Report on vaccination for the Province of Oudh 1871 -
Year: 1871
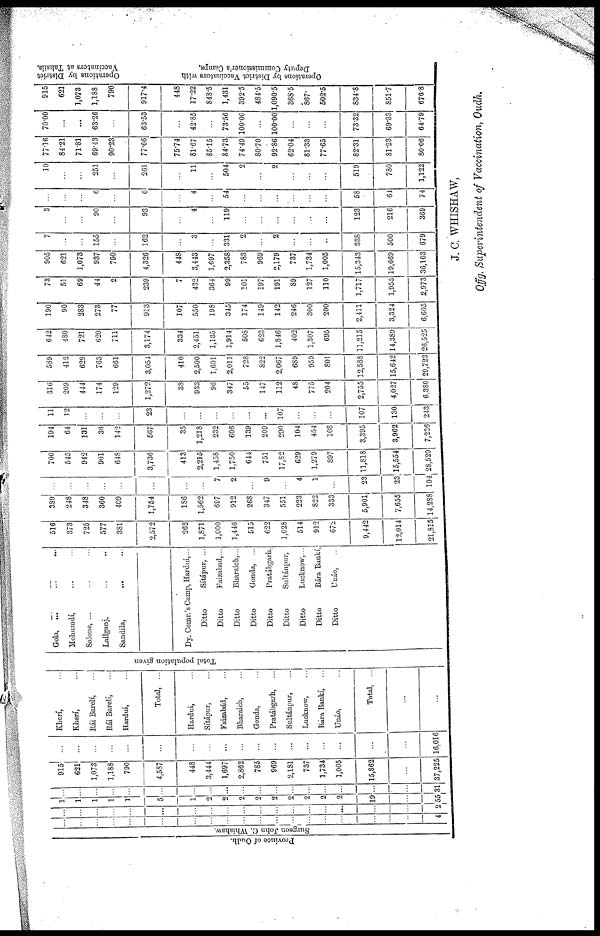
Pr ovi nce of Oudh.
Surgeon John C. Whishaw.
...
...
...
...
...
...
...
...
...
...
...
...
...
...
...
...
...
...
4
...
...
...
...
...
...
...
...
...
...
...
...
...
...
...
...
...
...
2
1
1
1
1
1
5
1
2
2
2
...
2
2
2
2
2
19
...
55
...
...
...
...
...
...
...
...
...
...
...
...
...
...
...
...
...
...
31
915
621
1,073
1,188
790
4,587
448
3,444
1,697
2,862
785
969
2,181
737
1,734
1,005
15,862
...
37,225
...
...
...
...
...
...
...
...
...
...
...
...
...
...
...
...
...
...
16,016
Kherí, ...
Kherí, ...
Rái Barelí, ...
Rái Barelí, ...
Hardui, ...
Total, ...
Hardui, ...
Sítápur, ...
Faizabád, ...
Bharaich, ...
Gonda, ...
Pratábgarh, ...
Sultánpur, ...
Lucknow, ...
Bára Bankí, ...
Unáo, ...
Total, ...
...
...
Tot al population given
Gola, ...
... ...
Mohumdí, ... ...
Salone, ... ... ...
Lallganj, ... ...
Sandila,
... ...
Dy. Comr.'s Camp, Hardui,...
Ditto
Sítápur, ...
Ditto
Faizabad,...
Ditto
Bharaich,...
Ditto
Gonda, ...
Ditto
Pratábgarh,
Ditto
Sultánpur,
Ditto
Lucknow,...
Ditto
Bára Bankí,
Ditto
Unáo, ...
516
373
725
577
381
2,572
262
1,871
1,000
1,446
515
622
1,628
514
912
672
9,442
12,014
21,815
389
248
348
360
409
1,754
186
1,562
697
912
268
347
551
223
822
333
5,901
7,655
14,288
...
...
...
...
...
...
...
...
7
2
...
9
...
4
1
...
23
23
104
700
545
942
901
648
3,736
413
2,215
1,458
1,750
644
751
17,82
629
1,279
897
11,818
15,554
28,520
194
64
131
36
142
567
35
1,218
232
606
139
209
290
104
454
108
3,395
3,962
7,236
11
12
...
...
...
23
...
...
...
...
...
...
107
...
...
...
107
130
243
316
209
444
174
129
1,272
38
933
96
347
55
147
112
48
775
204
2,755
4,027
6,380
589
412
629
763
661
3,054
410
2,500
1,601
2,011
728
822
2,067
689
959
801
12,588
15,642
29,723
642
480
721
620
711
3,174
334
2,451
1,135
1,914
508
623
1,840
402
1,307
695
11,215
14,389
26,525
190
90
283
273
77
913
107
550
198
345
174
149
142
246
300
200
2,411
3,324
6,605
73
51
69
44
2
239
7
432
364
99
101
197
191
89
127
110
1,717
1,956
2,973
905
621
1,073
937
790
4,326
448
3,443
1,697
2,358
783
969
2,179
737
1,734
1,005
15,343
19,669
36,103
7
...
...
155
...
162
...
3
...
331
2
...
2
...
...
...
338
500
679
3
...
...
90
...
93
...
4
...
119
...
...
...
...
...
...
123
216
369
...
...
...
6
...
6
...
4
...
54
...
...
...
...
...
...
58
64
74
10
...
...
251
...
261
...
11
...
504
2
...
2
...
...
...
519
780
1,122
77.16
84.21
71.81
69.43
90.23
77.66
75.74
81.67
85.15
84.73
74.49
80.70
92.86
62.04
81.33
77.65
82.31
81.23
80.06
70.00
...
...
63.26
...
63.53
...
42.85
...
73.56
100.00
...
100.00
...
...
...
73.32
69.83
64.79
915
621
1,073
1,188
790
917.4
448
17.22
848.5
1,431
392.5
484.5
1,090.5
368.5
867.
502.5
834.8
851.7
676.8
Operations by District
Vaccinators at Tahsíls.
Oper at i
ons by Di st r i ct Va c c i
na t
or s with
Deput y Commis s
ione r
's Camps
J. C. WHISHAW,
Offg. Superintendent of Vaccination, Oudh.